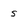
Character: s